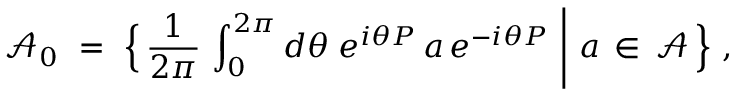
{ \mathcal A } _ { 0 } \ = \ \Bigl \{ \, \frac { 1 } { 2 \pi } \, \int _ { 0 } ^ { 2 \pi } d \theta \; e ^ { i \theta P } \, a \, e ^ { - i \theta P } \ \Bigg | \ a \, \in \, { \mathcal A } \, \Bigr \} \ ,